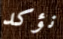
نؤكد